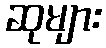
ဆုများ